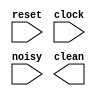
module debounce #(parameter DELAY=1000000)   // .01 sec with a 100 Mhz clock
	             (input reset, clock, noisy, output reg clean);
	              

   reg [18:0] count;
   reg new;

   always @ (posedge clk or negedge reset)
     if(reset == 0)
       begin
	   end
	 else 
	   begin
	   end
      
endmodule